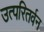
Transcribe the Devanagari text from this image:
उत्परितर्वन